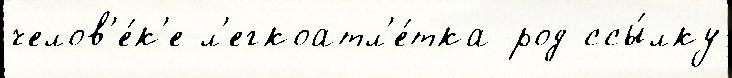
челов'е́к'е л'егкоатл'е́тка род ссы́лку